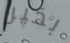
بخير